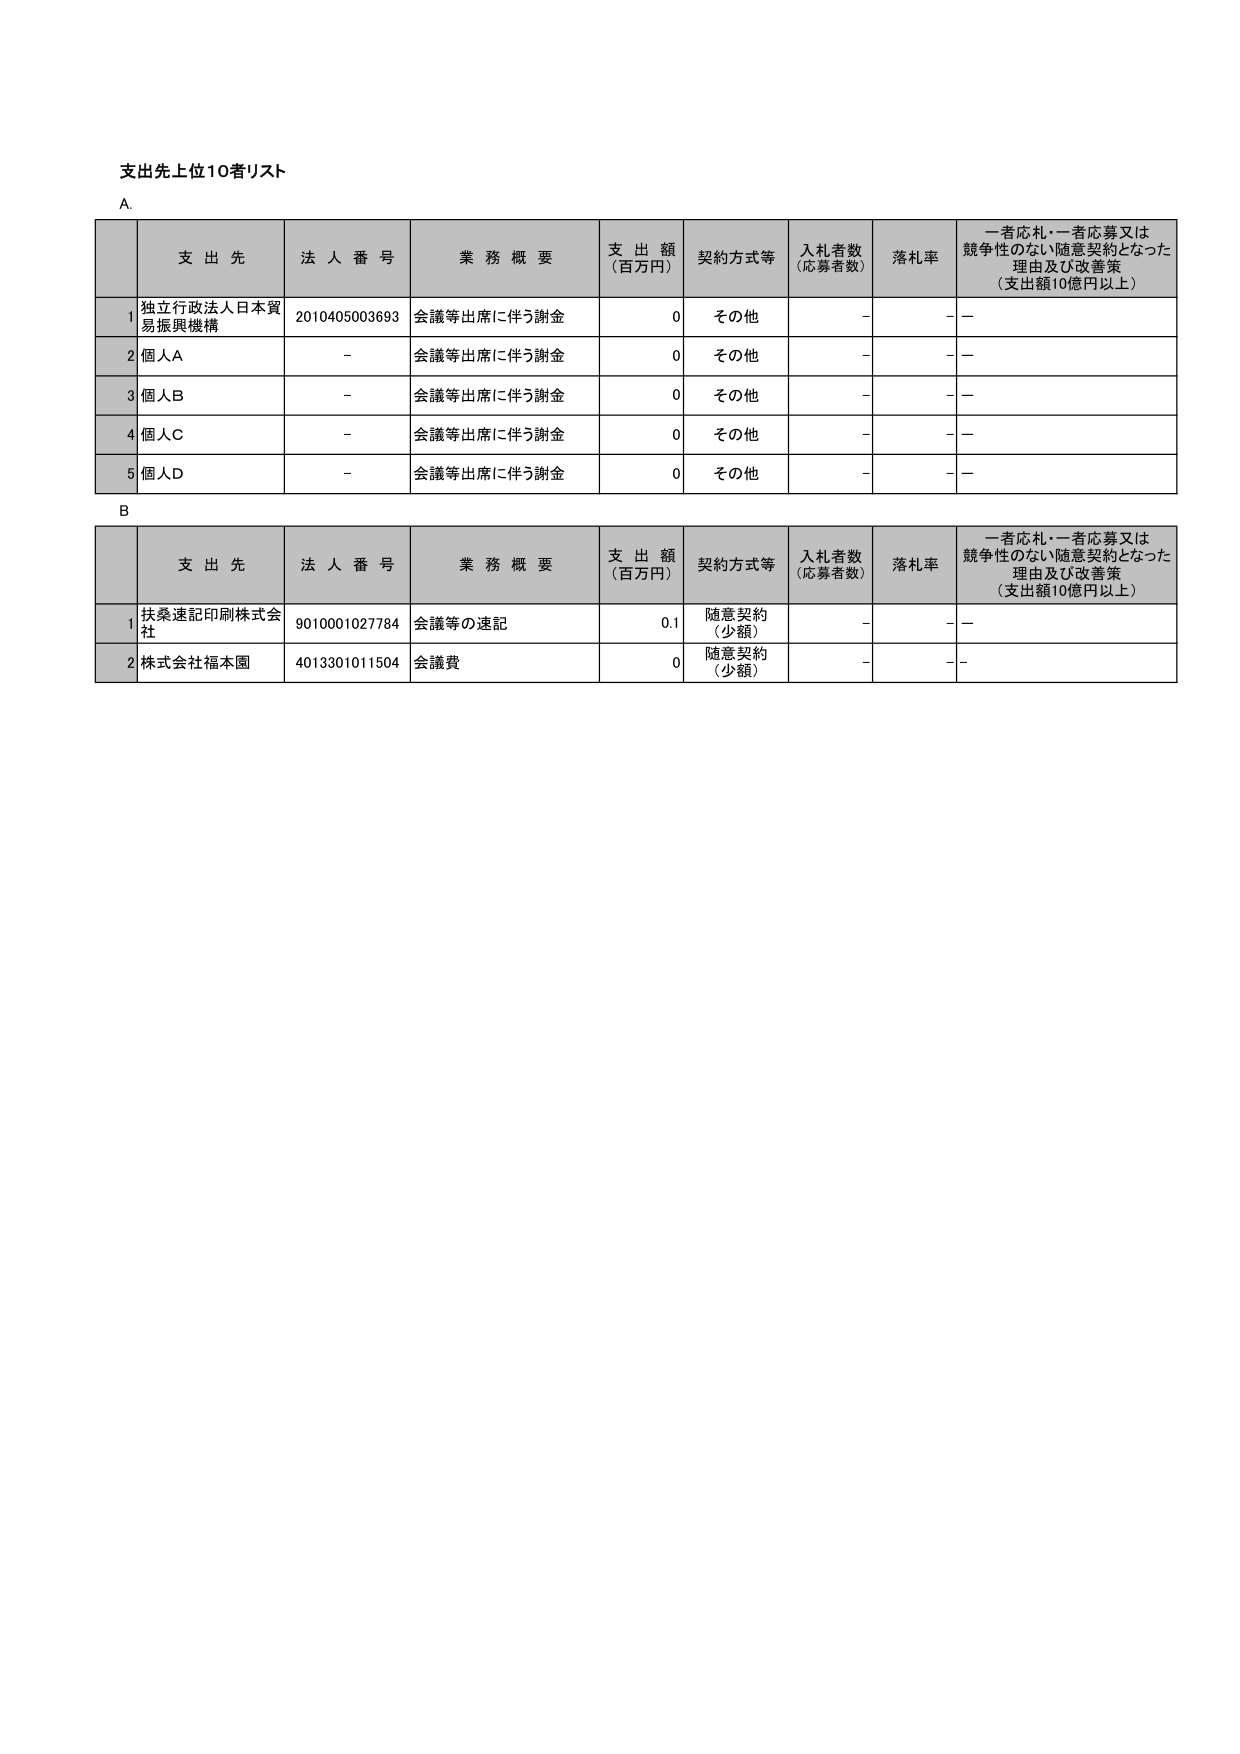
支出先上位10者リスト

A.

支 出 先 法 人 番 号 業 務 概 要 支 出 額 （百万円） 契約方式等 入札者数 （応募者数） 落札率 一者応札・一者応募又は 競争性のない随意契約となった 理由及び改善策 （支出額10億円以上）

1 独立行政法人日本貿易振興機構 2010405003693 会議等出席に伴う謝金 0 その他 - - -

2 個人A - 会議等出席に伴う謝金 0 その他 - - -

3 個人B - 会議等出席に伴う謝金 0 その他 - - -

4 個人C - 会議等出席に伴う謝金 0 その他 - - -

5 個人D - 会議等出席に伴う謝金 0 その他 - - -

B

支 出 先 法 人 番 号 業 務 概 要 支 出 額 （百万円） 契約方式等 入札者数 （応募者数） 落札率 一者応札・一者応募又は 競争性のない随意契約となった 理由及び改善策 （支出額10億円以上）

1 扶桑速記印刷株式会社 9010001027784 会議等の速記 0.1 随意契約 （少額） - - -

2 株式会社福本園 4013301011504 会議費 0 随意契約 （少額） - - -